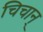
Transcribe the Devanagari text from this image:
चिचान्